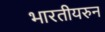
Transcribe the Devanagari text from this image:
भारतीयरुन